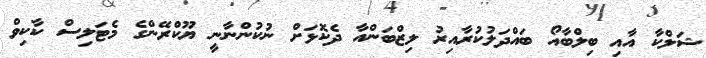
ޝަލްކާ އާއި ބިލްބާއޯ ބައްދަލުކުރާއިރު ލިޒްބަންއާ ދެކޮޅަށް ނުކުންނާނީ ޔޫކްރޭންގެ މެޓަލިސް ކާކިވް